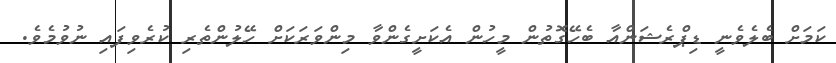
ކަމަށް ބެލެވެނީ ޑިޕްރެޝަންއާ ބެހޭގޮތުން މީހުން އެކަށީގެންވާ މިންވަރަކަށް ހޭލުންތެރި ކުރެވިފައި ނުވުމެވެ.